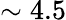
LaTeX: \sim 4.5